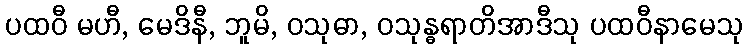
ပထဝီ မဟီ, မေဒိနီ, ဘူမိ, ဝသုဓာ, ဝသုန္ဓရာတိအာဒီသု ပထဝီနာမေသု